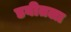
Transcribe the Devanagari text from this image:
डबीतला